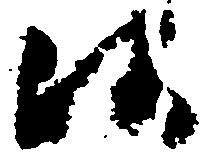
候